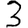
Digit: 3